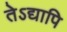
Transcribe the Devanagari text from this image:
तेऽद्यापि